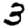
Digit: 3